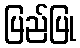
ပြည်ပြု